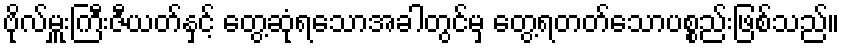
ဗိုလ်မှူးကြီးဇီယတ်နှင့် တွေ့ဆုံရသောအခါတွင်မှ တွေ့ရတတ်သောပစ္စည်းဖြစ်သည်၊၊